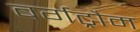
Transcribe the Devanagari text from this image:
बर्गट्रौम